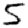
Digit: 5